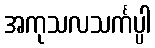
အကုသလသင်္ကပ္ပါ